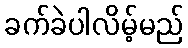
ခက်ခဲပါလိမ့်မည်